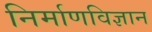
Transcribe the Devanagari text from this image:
निर्माणविज्ञान